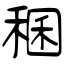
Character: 稛